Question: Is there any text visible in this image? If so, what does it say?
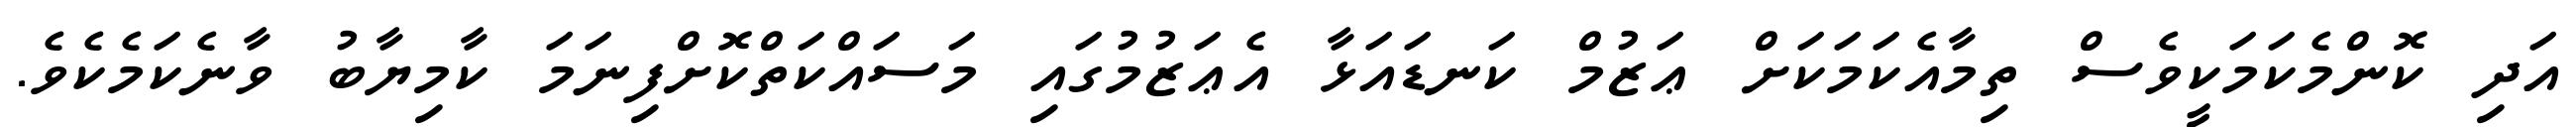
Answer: އަދި ކޮންމެކަމަކީވެސް ތިމާއެކަމަކަށް ޢަޒުމް ކަނޑައަޅާ އެޢަޒުމުގައި މަސައްކަތްކޮށްފިނަމަ ކާމިޔާބު ވާނެކަމެކެވެ.